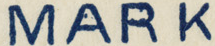
MARK